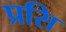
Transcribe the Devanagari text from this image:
प्रसि